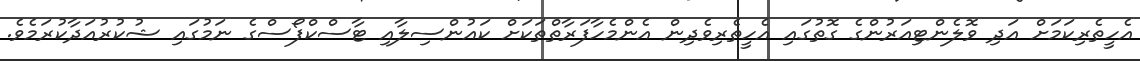
އެހީތެރިކަމަށް އަދި ވޮލެންޓިއަރުންގެ ގޮތުގައި އެހީތެރިވެދިން އެންމެހާފަރާތްތަކަށް ކައުންސިލާއި ޓާސްކްފޯސްގެ ނަމުގައި ޝުކުރުއަދާކުރަމެވެ.